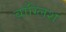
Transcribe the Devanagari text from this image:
बाँग्लिश